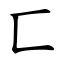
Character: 匚